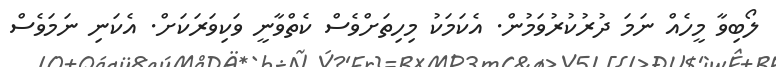
ލޯބިވާ މީހެއް ނަމަ ދުރުކުރުވަމުން. އެކަމަކު މިހިތަށްވެސް ކެތްވާނީ ވަކިވަރަކަށް. އެކަނި ނަމަވެސް